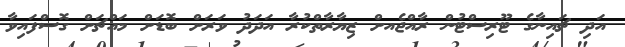
އަދި ޗައިނާގެ ޓޫރިސްޓުން ރާއްޖެއށް ޒިޔާރާތްކުރާ އަދަދު ވަރަށް ބޮޑަށް މައްޗަށް ގޮސްފައިވާ